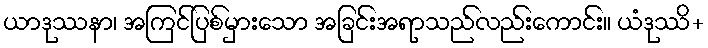
ယာဒုဿနာ၊ အကြင်ပြစ်မှားသော အခြင်းအရာသည်လည်းကောင်း။ ယံဒုဿိ+